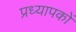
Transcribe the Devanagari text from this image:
प्रध्यापकों